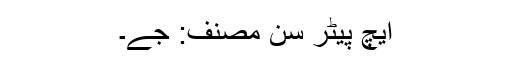
ایچ پیٹر سن مصنف: جے۔